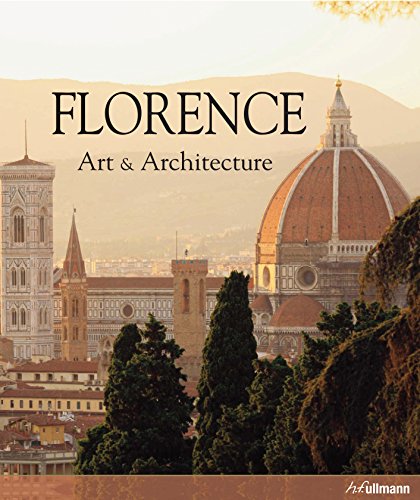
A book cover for Florence Art and Architecture; Antonio Paolucci; History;